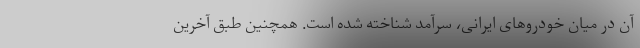
آن در میان خودروهای ایرانی، سرآمد شناخته شده است. همچنین طبق آخرین